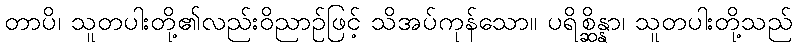
တာပိ၊ သူတပါးတို့၏လည်းဝိညာဉ်ဖြင့် သိအပ်ကုန်သော။ ပရိစ္ဆိန္နာ၊ သူတပါးတို့သည်